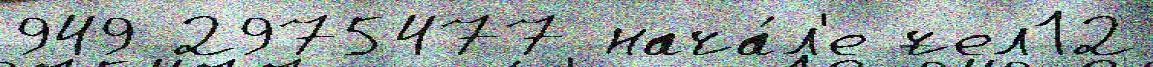
949 2975477 нача́л'е чел12